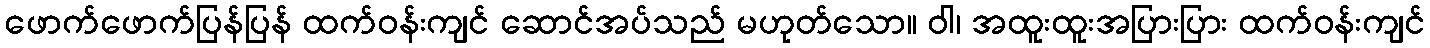
ဖောက်ဖောက်ပြန်ပြန် ထက်ဝန်းကျင် ဆောင်အပ်သည် မဟုတ်သော။ ဝါ၊ အထူးထူးအပြားပြား ထက်ဝန်းကျင်